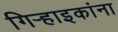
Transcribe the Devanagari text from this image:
गिर्‍हाइकांना